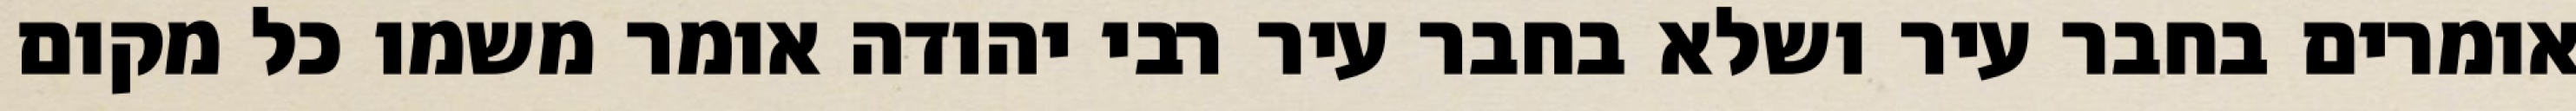
אומרים בחבר עיר ושלא בחבר עיר רבי יהודה אומר משמו כל מקום